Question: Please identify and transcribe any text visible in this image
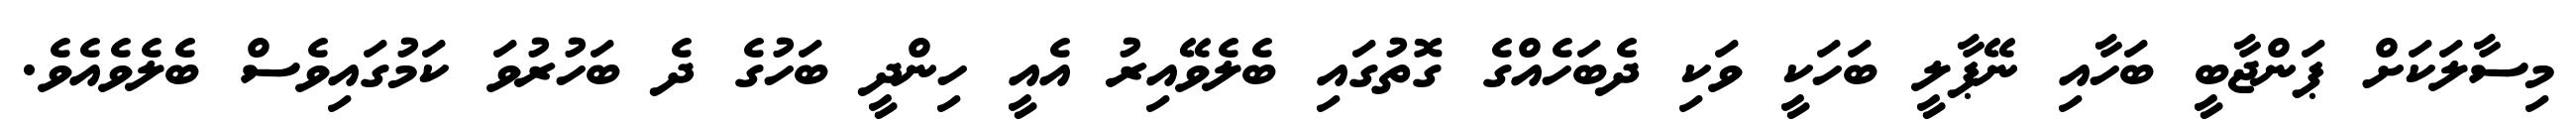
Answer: މިސާލަކަށް ޕަންޖާބީ ބަހާއި ނޭޕާލީ ބަހަކީ ވަކި ދެބަހެއްގެ ގޮތުގައި ބެލެވޭއިރު އެއީ ހިންދީ ބަހުގެ ދެ ބަހުރުވަ ކަމުގައިވެސް ބެލެވެއެވެ.